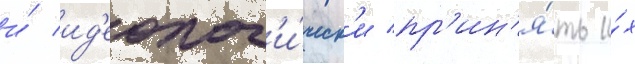
и́ ид'еолог'и́ческ'и пр'ин'я́ть и́х